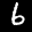
Label: 6